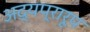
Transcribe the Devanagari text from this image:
अद्यप्रारूप